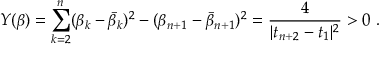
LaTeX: Y ( \beta ) = \sum _ { k = 2 } ^ { n } ( \beta _ { k } - \bar { \beta } _ { k } ) ^ { 2 } - ( \beta _ { n + 1 } - \bar { \beta } _ { n + 1 } ) ^ { 2 } = { \frac { 4 } { | t _ { n + 2 } - t _ { 1 } | ^ { 2 } } } > 0 \ .